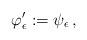
LaTeX: \begin{align*}\varphi'_{\epsilon}:= \psi_{\epsilon}\,,\end{align*}